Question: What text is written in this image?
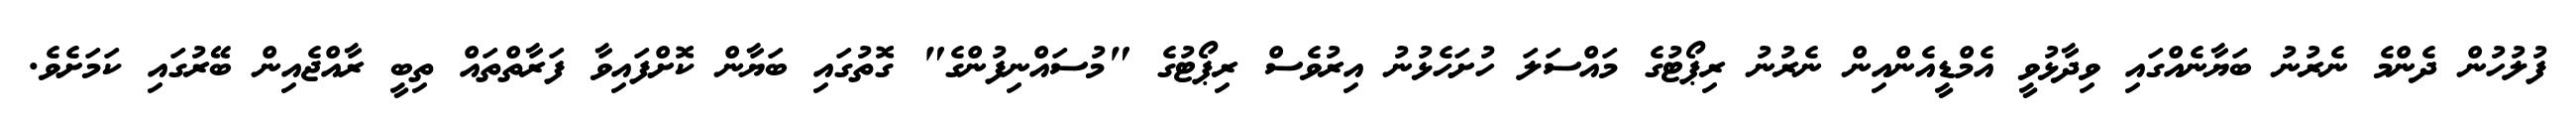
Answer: ފުލުހުން ދެންމެ ނެރުނު ބަޔާނެއްގައި ވިދާޅުވީ އެމްޑީއެންއިން ނެރުނު ރިޕޯޓުގެ މައްސަލަ ހުށަހެޅުނު އިރުވެސް ރިޕޯޓުގެ "މުސައްނިފުންގެ" ގޮތުގައި ބަޔާން ކޮށްފައިވާ ފަރާތްތައް ތިބީ ރާއްޖެއިން ބޭރުގައި ކަމަށެވެ.